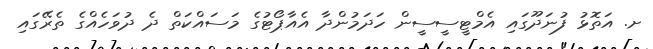
ށ. އަތޮޅު ފުނަދޫގައި އެމްޓީސީސީން ހަދަމުންދާ އެއާޕޯޓުގެ މަސައްކަތް ދެ ދުވަހެއްގެ ތެރޭގައި